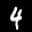
Label: 4